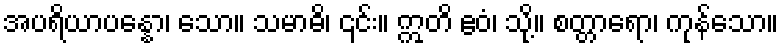
အပရိယာပန္နော၊ သော။ သမာဓိ၊ ၎င်း။ ဣတိ ဧဝံ၊ သို့။ စတ္တာရော၊ ကုန်သော။